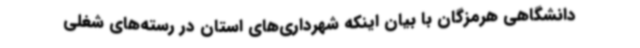
دانشگاهی هرمزگان با بیان اینکه شهرداری‌های استان در رسته‌های شغلی